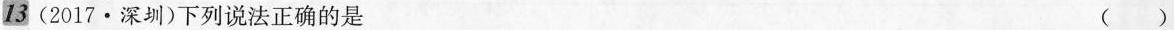
13 ( 2017 · 深圳 )下列说法正确的是()